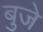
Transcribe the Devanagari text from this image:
बुजे